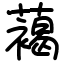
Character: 䕣